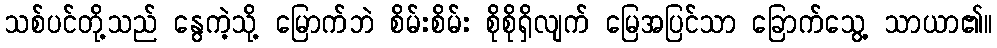
သစ်ပင်တို့သည် နွေကဲ့သို့ မြောက်ဘဲ စိမ်းစိမ်း စိုစိုရှိလျက် မြေအပြင်သာ ခြောက်သွေ့ သာယာ၏။